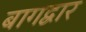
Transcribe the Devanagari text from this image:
बागद्वार